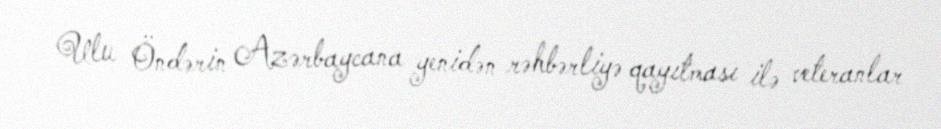
Ulu Öndərin Azərbaycana yenidən rəhbərliyə qayıtması ilə veteranlar